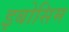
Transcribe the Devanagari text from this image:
इबोसिम